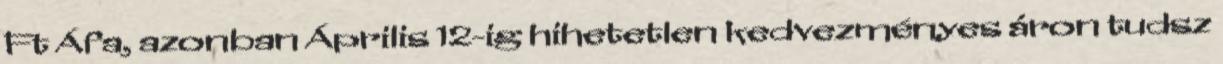
Ft Áfa, azonban Április 12-ig hihetetlen kedvezményes áron tudsz